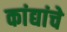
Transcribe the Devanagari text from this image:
कांद्यांचे